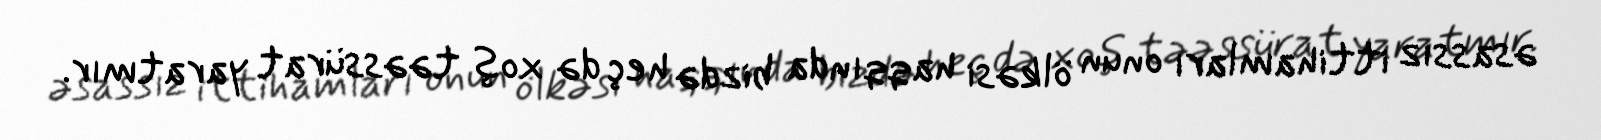
əsassız ittihamları onun ölkəsi haqqında bizdə heç də xoş təəssürat yaratmır.